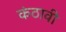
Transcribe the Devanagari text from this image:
कंठावी